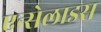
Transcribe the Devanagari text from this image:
एन्सेलाडस